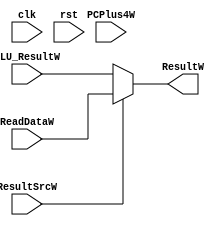
module WRITE_BACK_STAGE(
    input clk, rst, ResultSrcW,
input [31:0] PCPlus4W, ALU_ResultW, ReadDataW,

output [31:0] ResultW
);
// Declaration of Module
assign ResultW=(ResultSrcW)?ReadDataW:ALU_ResultW;

endmodule